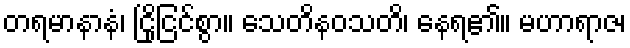
တရမာနာနံ၊ ငြိုငြင်စွာ။ သေတိနဝသတိ၊ နေရ၏။ မဟာရာဇ၊